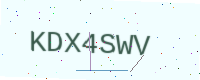
Text: KDX4SWV